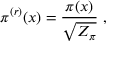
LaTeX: \pi ^ { ( r ) } ( x ) = \frac { \pi ( x ) } { \sqrt { Z _ { \pi } } } ~ ,